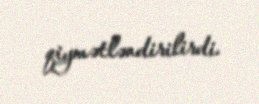
qiymətləndirilirdi.